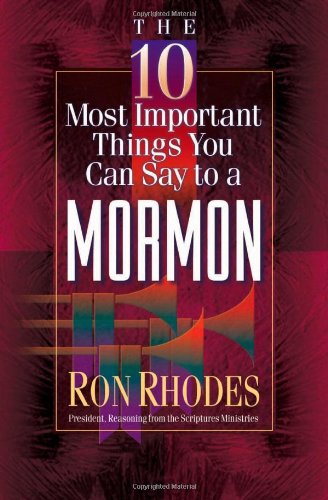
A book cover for The 10 Most Important Things You Can Say to a Mormon; Ron Rhodes; Religion & Spirituality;